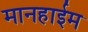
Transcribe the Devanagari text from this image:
मानहाईम